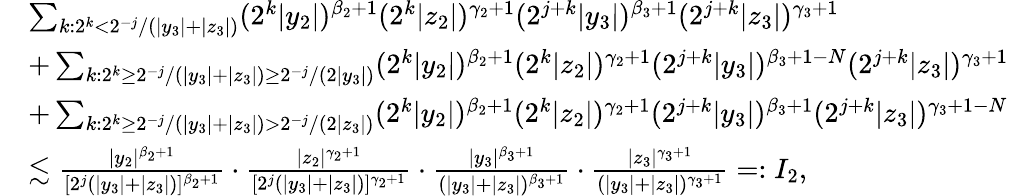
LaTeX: \begin{array}{rl}&{\sum_{k\colon 2^{k}<2^{-j}/(|y_{3}|+|z_{3}|)}(2^{k}|y_{2}|)^{\beta_{2}+1}(2^{k}|z_{2}|)^{\gamma_{2}+1}(2^{j+k}|y_{3}|)^{\beta_{3}+1}(2^{j+k}|z_{3}|)^{\gamma_{3}+1}}\\ &{+\sum_{k\colon 2^{k}\ge 2^{-j}/(|y_{3}|+|z_{3}|)\ge 2^{-j}/(2|y_{3}|)}(2^{k}|y_{2}|)^{\beta_{2}+1}(2^{k}|z_{2}|)^{\gamma_{2}+1}(2^{j+k}|y_{3}|)^{\beta_{3}+1-N}(2^{j+k}|z_{3}|)^{\gamma_{3}+1}}\\ &{+\sum_{k\colon 2^{k}\ge 2^{-j}/(|y_{3}|+|z_{3}|)>2^{-j}/(2|z_{3}|)}(2^{k}|y_{2}|)^{\beta_{2}+1}(2^{k}|z_{2}|)^{\gamma_{2}+1}(2^{j+k}|y_{3}|)^{\beta_{3}+1}(2^{j+k}|z_{3}|)^{\gamma_{3}+1-N}}\\ &{\lesssim\frac{|y_{2}|^{\beta_{2}+1}}{[2^{j}(|y_{3}|+|z_{3}|)]^{\beta_{2}+1}}\cdot\frac{|z_{2}|^{\gamma_{2}+1}}{[2^{j}(|y_{3}|+|z_{3}|)]^{\gamma_{2}+1}}\cdot\frac{|y_{3}|^{\beta_{3}+1}}{(|y_{3}|+|z_{3}|)^{\beta_{3}+1}}\cdot\frac{|z_{3}|^{\gamma_{3}+1}}{(|y_{3}|+|z_{3}|)^{\gamma_{3}+1}}=:I_{2},}\end{array}